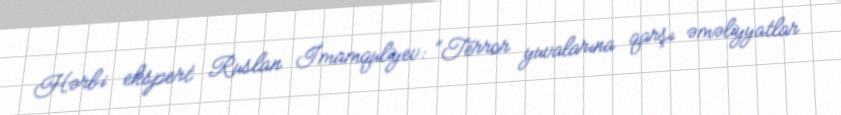
Hərbi ekspert Ruslan İmamquliyev: “Terror yuvalarına qarşı əməliyyatlar